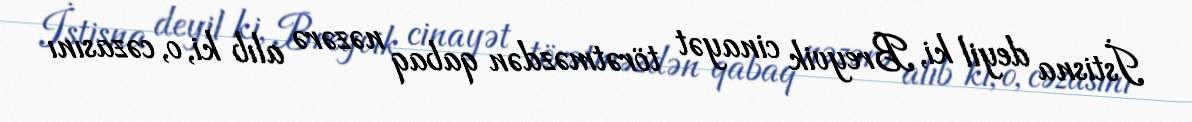
İstisna deyil ki, Breyvik cinayət törətməzdən qabaq nəzərə alıb ki, o, cəzasını